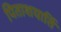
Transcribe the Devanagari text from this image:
पिताशयार्ति